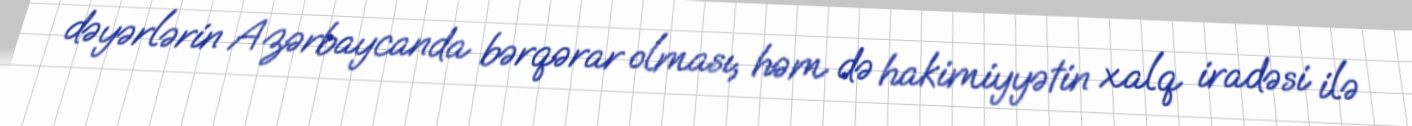
dəyərlərin Azərbaycanda bərqərar olması, həm də hakimiyyətin xalq iradəsi ilə